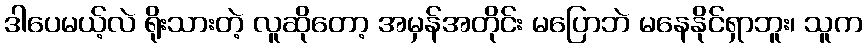
ဒါပေမယ့်လဲ ရိုးသားတဲ့ လူဆိုတော့ အမှန်အတိုင်း မပြောဘဲ မနေနိုင်ရှာဘူး၊ သူက